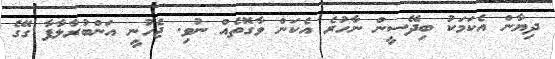
ދިޔާން އެކަމަކު ބިދޭސީން ނާހުރެ އެކަން ވާގޮތެއް ނުވި. ޖެހުނީ އަންބުރާލާފާ ގޭގެ